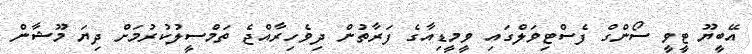
އޭބީޔޫ ޓީވީ ސޯންގް ފެސްޓިވަލްގައި ވީމީޑިއާގެ ފަރާތުން ދިވެހިރާއްޖެ ތަމްސީލުކުރުމަށް ދިޔަ މޫޝާން